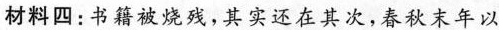
材料四：书籍被烧残，其实还在其次；春秋末年以